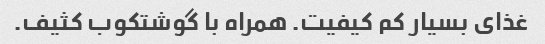
غذای بسیار کم کیفیت. همراه با گوشتکوب کثیف.